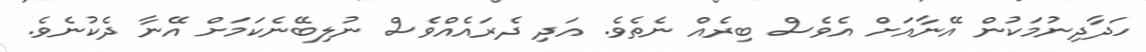
ހަދާދިނުމަކުން އޭނާއަށް އެވެސް ބިރެއް ނެތެވެ. އަދި ދެރައެއްވެސް ނުލިބޭނެކަމަށް އޭނާ ދެކުނެވެ.